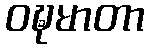
ဝဍ္ဎမာတာ